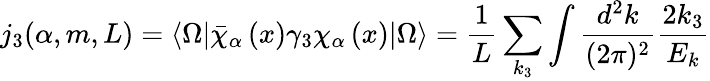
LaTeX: j_{3}(\alpha,m,L)=\langle\Omega|\bar{\chi}_{\alpha}\left(x\right)\gamma_{3}\chi_{\alpha}\left(x\right)|\Omega\rangle=\frac{1}{L}\sum_{k_{3}}\int\frac{d^{2}k}{(2\pi)^{2}}\frac{2k_{3}}{E_{k}}